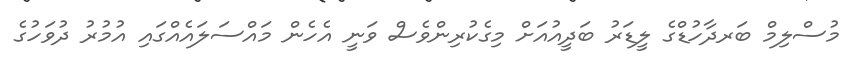
މުސްލިމް ބަރދާހުޑްގެ ލީޑަރު ބަދީއުއަށް މިގެކުރިންވެސް ވަނީ އެހެން މައްސަލައެއްގައި އުމުރު ދުވަހުގެ